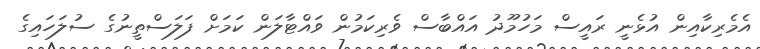
އެމެރިކާއިން އުޅެނީ ރައީސް މަހުމޫދު އައްބާސް ވެރިކަމުން ވައްޓާލަން ކަމަށް ފަލަސްތީނުގެ ސުލަހައިގެ